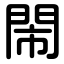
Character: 閙